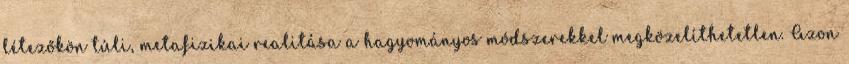
létezőkön túli, metafizikai realitása a hagyományos módszerekkel megközelíthetetlen. Azon